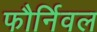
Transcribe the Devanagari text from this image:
फौर्निवल